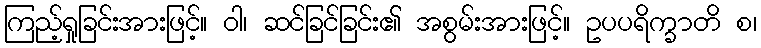
ကြည့်ရှုခြင်းအားဖြင့်။ ဝါ၊ ဆင်ခြင်ခြင်း၏ အစွမ်းအားဖြင့်။ ဥပပရိက္ခာတိ စ၊